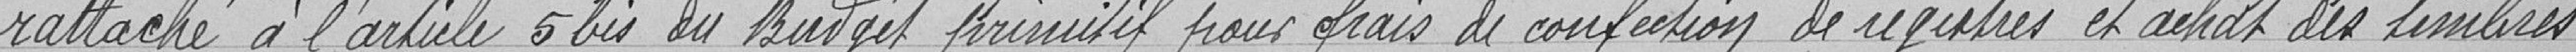
rattaché à l'article 5bis du budget primitif pour frais de confection de registres et achat des timbres